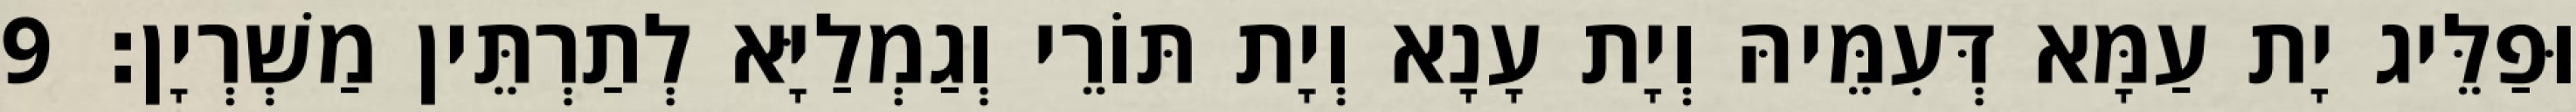
וּפַלֵּיג יָת עַמָּא דְּעִמֵּיהּ וְיָת עָנָא וְיָת תּוֹרֵי וְגַמְלַיָּא לְתַרְתֵּין מַשְׁרְיָן׃ 9